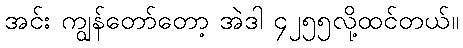
အင်း ကျွန်တော်တော့ အဲဒါ ၄၂၅၅လို့ထင်တယ်။